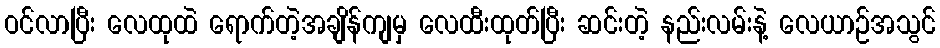
ဝင်လာပြီး လေထုထဲ ရောက်တဲ့အချိန်ကျမှ လေထီးထုတ်ပြီး ဆင်းတဲ့ နည်းလမ်းနဲ့ လေယာဉ်အသွင်